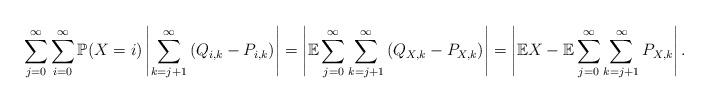
LaTeX: \begin{align*}\sum_{j=0}^\infty\sum_{i=0}^\infty\mathbb{P}(X=i)\left|\sum_{k=j+1}^\infty\left(Q_{i,k}-P_{i,k}\right)\right|=\left|\mathbb{E}\sum_{j=0}^\infty\sum_{k=j+1}^\infty\left(Q_{X,k}-P_{X,k}\right)\right|=\left|\mathbb{E}X-\mathbb{E}\sum_{j=0}^\infty\sum_{k=j+1}^\infty P_{X,k}\right|.\end{align*}